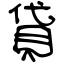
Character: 貸